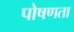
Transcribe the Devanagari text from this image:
पोषणता